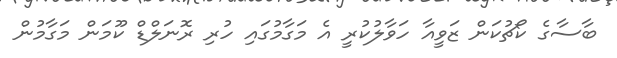
ބާސާގެ ކޯޗުކަން ޒަވީއާ ހަވާލުކުރީ އެ މަގާމުގައި ހުރި ރޮނަލްޑް ކޫމަން މަގާމުން